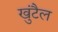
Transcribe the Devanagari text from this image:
खुंटैल